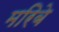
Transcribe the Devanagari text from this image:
मरिबे